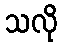
သလို